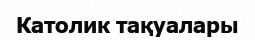
Католик тақуалары